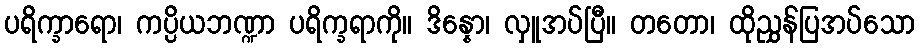
ပရိက္ခာရော၊ ကပ္ပိယဘဏ္ဍာ ပရိက္ခရာကို။ ဒိန္နော၊ လှူအပ်ပြီ။ တတော၊ ထိုညွှန်ပြအပ်သော